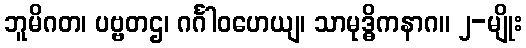
ဘူမိဂတ၊ ပဗ္ဗတဌ၊ ဂင်္ဂါဝဟေယျ၊ သာမုဒ္ဓိကနာဂ။ ၂-မျိုး